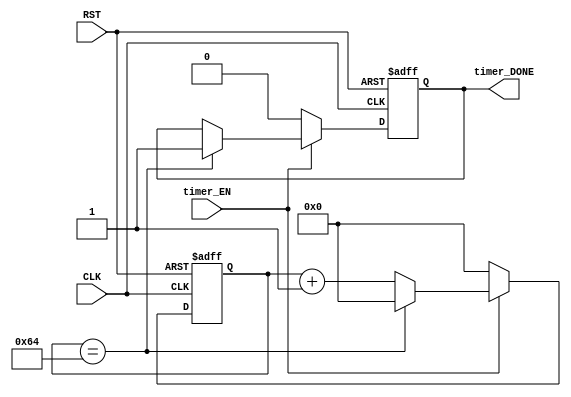

//****************************************************//
//********************* Timer ************************//
//****************************************************//

module Timer #(parameter delay_time = 100, counter_width = 8)
(timer_EN, CLK, RST, timer_DONE);
input timer_EN;
input CLK;
input RST;
output timer_DONE;

reg timer_DONE;
reg [counter_width-1:0] counter;

always @(posedge CLK or negedge RST) 
begin
    if(!RST)
    begin
        timer_DONE <= 0;
        counter <= 0;
    end
    else if (timer_EN)
    begin
        counter <= counter + 1;
        if (counter == delay_time) 
        begin 
            counter <= 0;
            timer_DONE <= 1;
        end
    end
    else
    begin
        timer_DONE <= 0;
        counter <= 0;
    end
end
endmodule